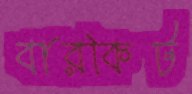
বারকিট